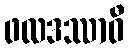
ဖလဒဿာဝီ